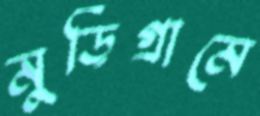
মুড়িগ্রামে